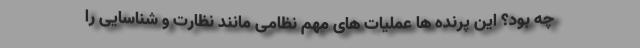
چه بود؟ این پرنده ها عملیات های مهم نظامی مانند نظارت و شناسایی را